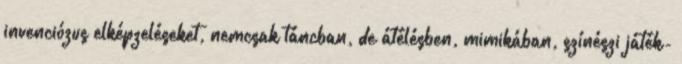
invenciózus elképzeléseket, nemcsak táncban, de átélésben, mimikában, színészi játék-